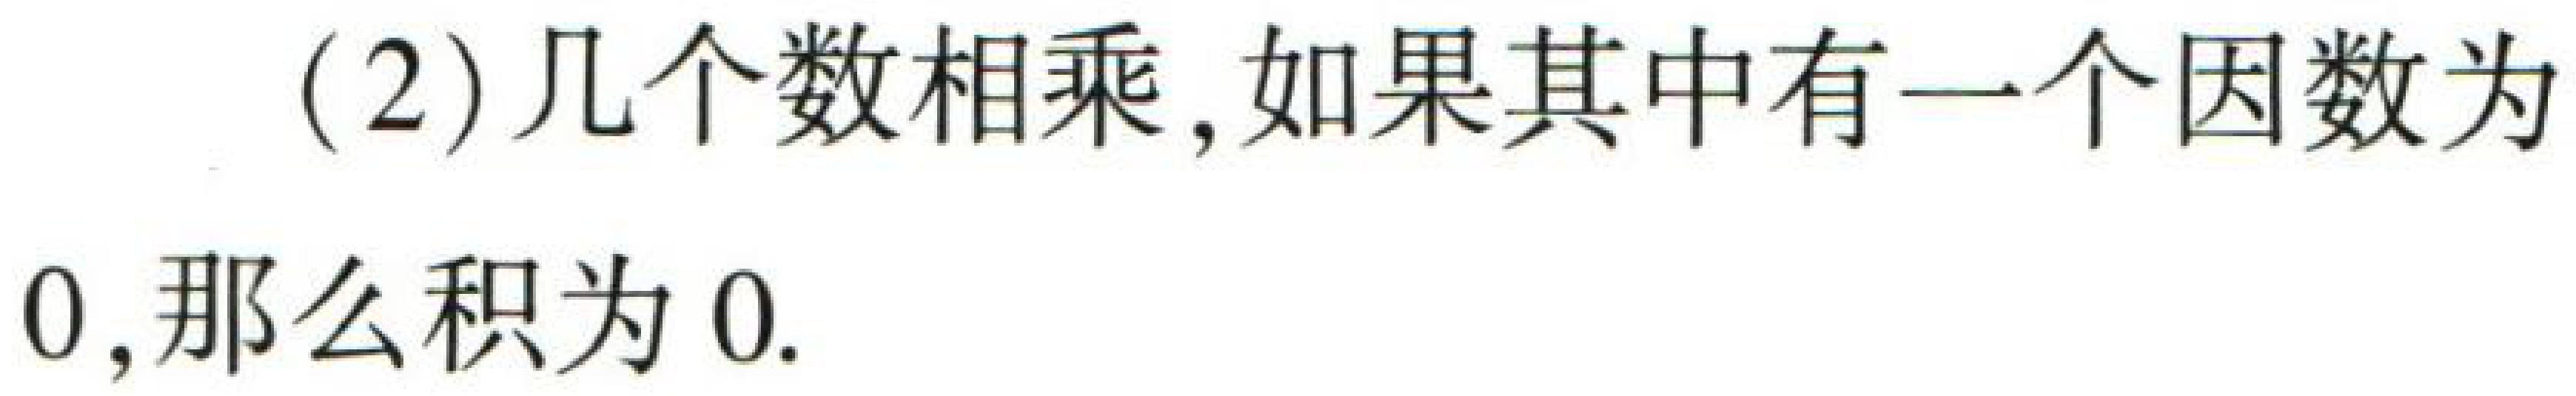
(2) 几个数相乘，如果其中有一个因数为$0$，那么积为$0$.